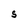
Character: S